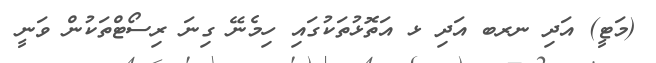
(މަޓީ) އަދި ނރބ އަދި ޅ އަތޮޅުތަކުގައި ހިމެނޭ ގިނަ ރިސޯޓްތަކުން ވަނީ